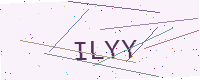
Text: ILYY